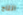
انتاج